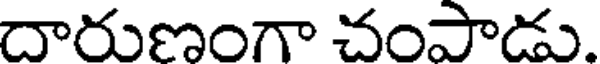
దారుణంగా చంపాడు.